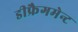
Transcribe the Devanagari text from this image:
डीफ्रैगमेन्ट